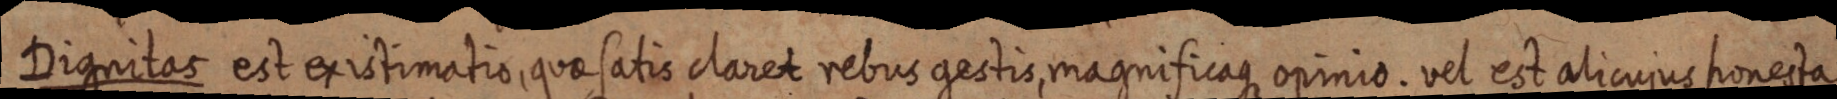
Dignitas est existimatio, quae satis claret rebus gestis, magnificaque opinio. vel est alicujus honesta